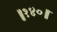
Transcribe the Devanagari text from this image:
॥१४०॥